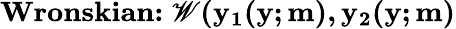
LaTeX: \textbf{Wronskian:}\mathbf{\; \mathscr{W}(y_{1}(y;m),y_{2}(y;m)}